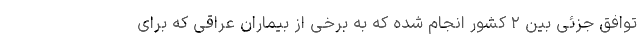
توافق جزئی بین ۲ کشور انجام شده که به برخی از بیماران عراقی که برای